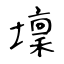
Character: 壈